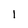
Character: 1